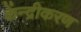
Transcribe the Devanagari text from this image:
केंन्द्रीकरण